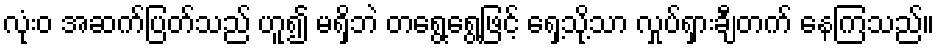
လုံးဝ အဆက်ပြတ်သည် ဟူ၍ မရှိဘဲ တရွေ့ရွေ့ဖြင့် ရှေ့သို့သာ လှုပ်ရှားချီတက် နေကြသည်။